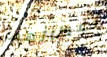
إعطائهم